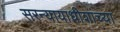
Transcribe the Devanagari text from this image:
सरन्यायाधीशांच्या